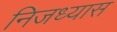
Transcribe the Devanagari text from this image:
निजध्यास